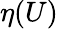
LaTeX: \eta(U)